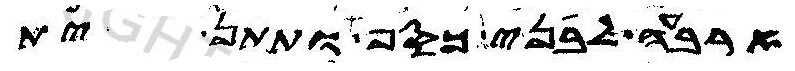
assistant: ארבעה לבני כסף ותתן ית